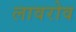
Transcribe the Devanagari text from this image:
लावरोव